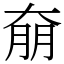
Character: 奟